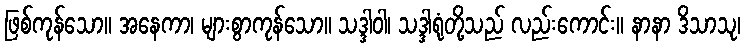
ဖြစ်ကုန်သော။ အနေကာ၊ များစွာကုန်သော။ သဒ္ဒါဝါ၊ သဒ္ဒါရုံတို့သည် လည်းကောင်း။ နာနာ ဒိသာသု၊